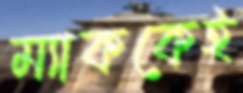
ম্যাককেই